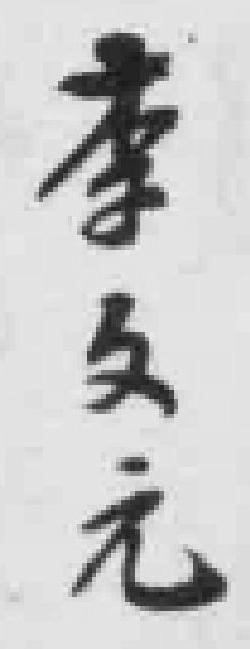
李文元